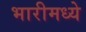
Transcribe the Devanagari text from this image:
भारीमध्ये